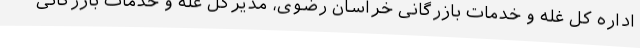
اداره کل غله و خدمات بازرگانی خراسان رضوی، مدیرکل غله و خدمات بازرگانی